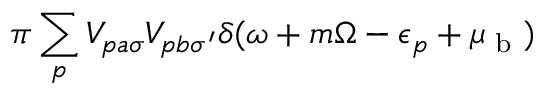
\pi \sum _ { p } V _ { p a \sigma } V _ { p b \sigma ^ { \prime } } \delta ( \omega + m \Omega - \epsilon _ { p } + \mu _ { \textrm { b } } )